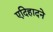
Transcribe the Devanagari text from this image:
एदिहादने